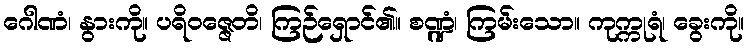
ဂေါဏံ၊ နွားကို။ ပရိဝဇ္ဇေတိ၊ ကြဉ်ရှောင်၏။ စဏ္ဍံ၊ ကြမ်းသော။ ကုက္ကုရံ၊ ခွေးကို။